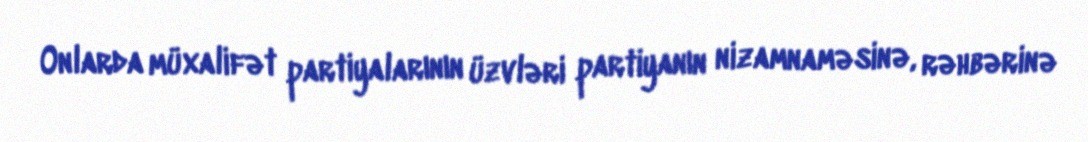
Onlarda müxalifət partiyalarının üzvləri partiyanın nizamnaməsinə, rəhbərinə